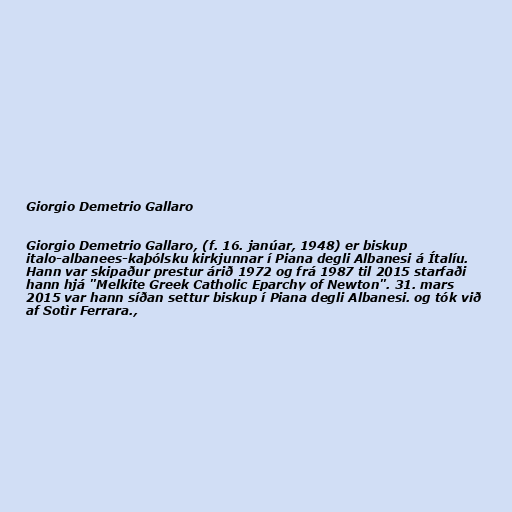
Giorgio Demetrio Gallaro

Giorgio Demetrio Gallaro, (f. 16. janúar, 1948) er biskup
italo-albanees-kaþólsku kirkjunnar í Piana degli Albanesi á Ítalíu.
Hann var skipaður prestur árið 1972 og frá 1987 til 2015 starfaði
hann hjá "Melkite Greek Catholic Eparchy of Newton". 31. mars
2015 var hann síðan settur biskup í Piana degli Albanesi. og tók við
af Sotìr Ferrara.,